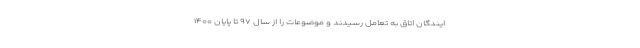
ایندگان اتاق به تعامل رسیدند و موضوعات را از سال ۹۷ تا پایان ۱۴۰۰